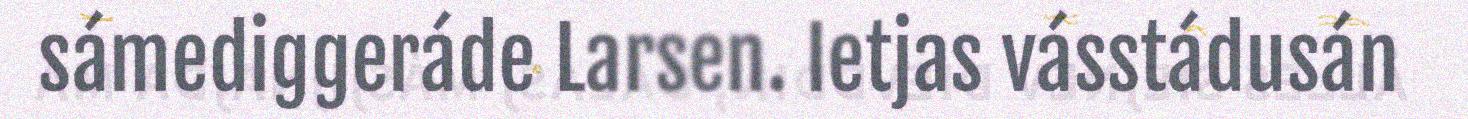
sámediggeráde Larsen. Ietjas vásstádusán